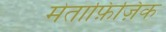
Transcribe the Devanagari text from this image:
मेताफ़िज़िक